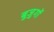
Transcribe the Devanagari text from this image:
बुज़ुगों